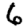
Digit: 6